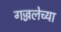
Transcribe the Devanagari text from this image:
गज्जलेच्या